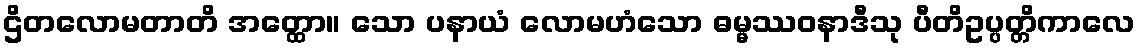
ဌိတလောမတာတိ အတ္ထော။ သော ပနာယံ လောမဟံသော ဓမ္မဿဝနာဒီသု ပီတိဥပ္ပတ္တိကာလေ